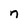
Character: n